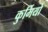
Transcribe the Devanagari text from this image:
कुर्मियो